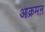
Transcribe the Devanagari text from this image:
आक्रमऩ